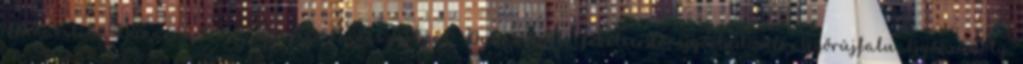
Dunakiliti, Dunaremete, Dunaszeg, Dunaszentpál, Dunasziget, Feketeerdő, Győrladamér, Győrújfalu, Győrzámoly,